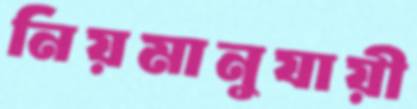
নিয়মানুযায়ী